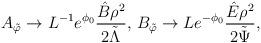
LaTeX: \begin{align*}A_{\tilde{\varphi}} \rightarrow L^{-1} e^{\phi_0}\frac{\hat{B}\rho^2}{ 2\tilde{\Lambda}},\, B_{\tilde{\varphi}}\rightarrow L e^{-\phi_0} \frac{\hat{E} \rho^2}{2\tilde{\Psi}},\end{align*}